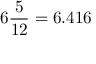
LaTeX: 6 { \frac { 5 } { 1 2 } } = 6 . 4 1 6